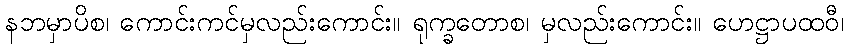
နဘမှာပိစ၊ ကောင်းကင်မှလည်းကောင်း။ ရုက္ခတောစ၊ မှလည်းကောင်း။ ဟေဋ္ဌာပထဝီ၊